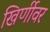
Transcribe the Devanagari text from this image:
खिर्णीवर